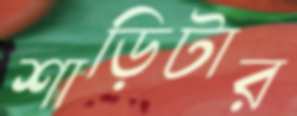
শাড়িটার